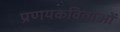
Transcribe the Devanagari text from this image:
प्रणयकविताओं